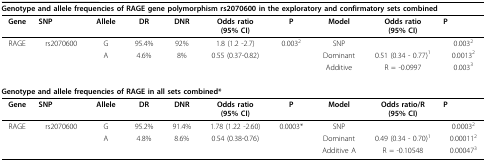
| <COLSPAN=10> Genotype and allele frequencies of RAGE gene polymorphism rs2070600 in the exploratory and confirmatory sets combined: |
 | --- | --- | --- | --- | --- | --- | --- | --- | --- | --- |
 | Gene | SNP | Allele | DR | DNR | Odds ratio(95% CI) | P | Model | Odds ratio(95% CI) | P |
 | RAGE | rs2070600 | G | 95.4% | 92% | 1.8 (1.2 -2.7) | 0.0032 | SNP |  | 0.0032 |
 |  |  | A | 4.6% | 8% | 0.55 (0.37-0.82) |  | Dominant | 0.51 (0.34 - 0.77)1 | 0.00132 |
 |  |  |  |  |  |  |  | Additive | R = -0.0997 | 0.0033 |
 | <COLSPAN=6> Genotype and allele frequencies of RAGE in all sets combined*: |  |  |  |  |
 | Gene | SNP | Allele | DR | DNR | Odds ratio(95% CI) | P | Model | Odds ratio/R(95% CI) | P |
 | RAGE | rs2070600 | G | 95.2% | 91.4% | 1.78 (1.22 -2.60) | 0.0003* | SNP |  | 0.00032 |
 |  |  | A | 4.8% | 8.6% | 0.54 (0.38-0.76) |  | Dominant | 0.49 (0.34 - 0.70)1 | 0.000112 |
 |  |  |  |  |  |  |  | Additive A | R = -0.10548 | 0.000473 |